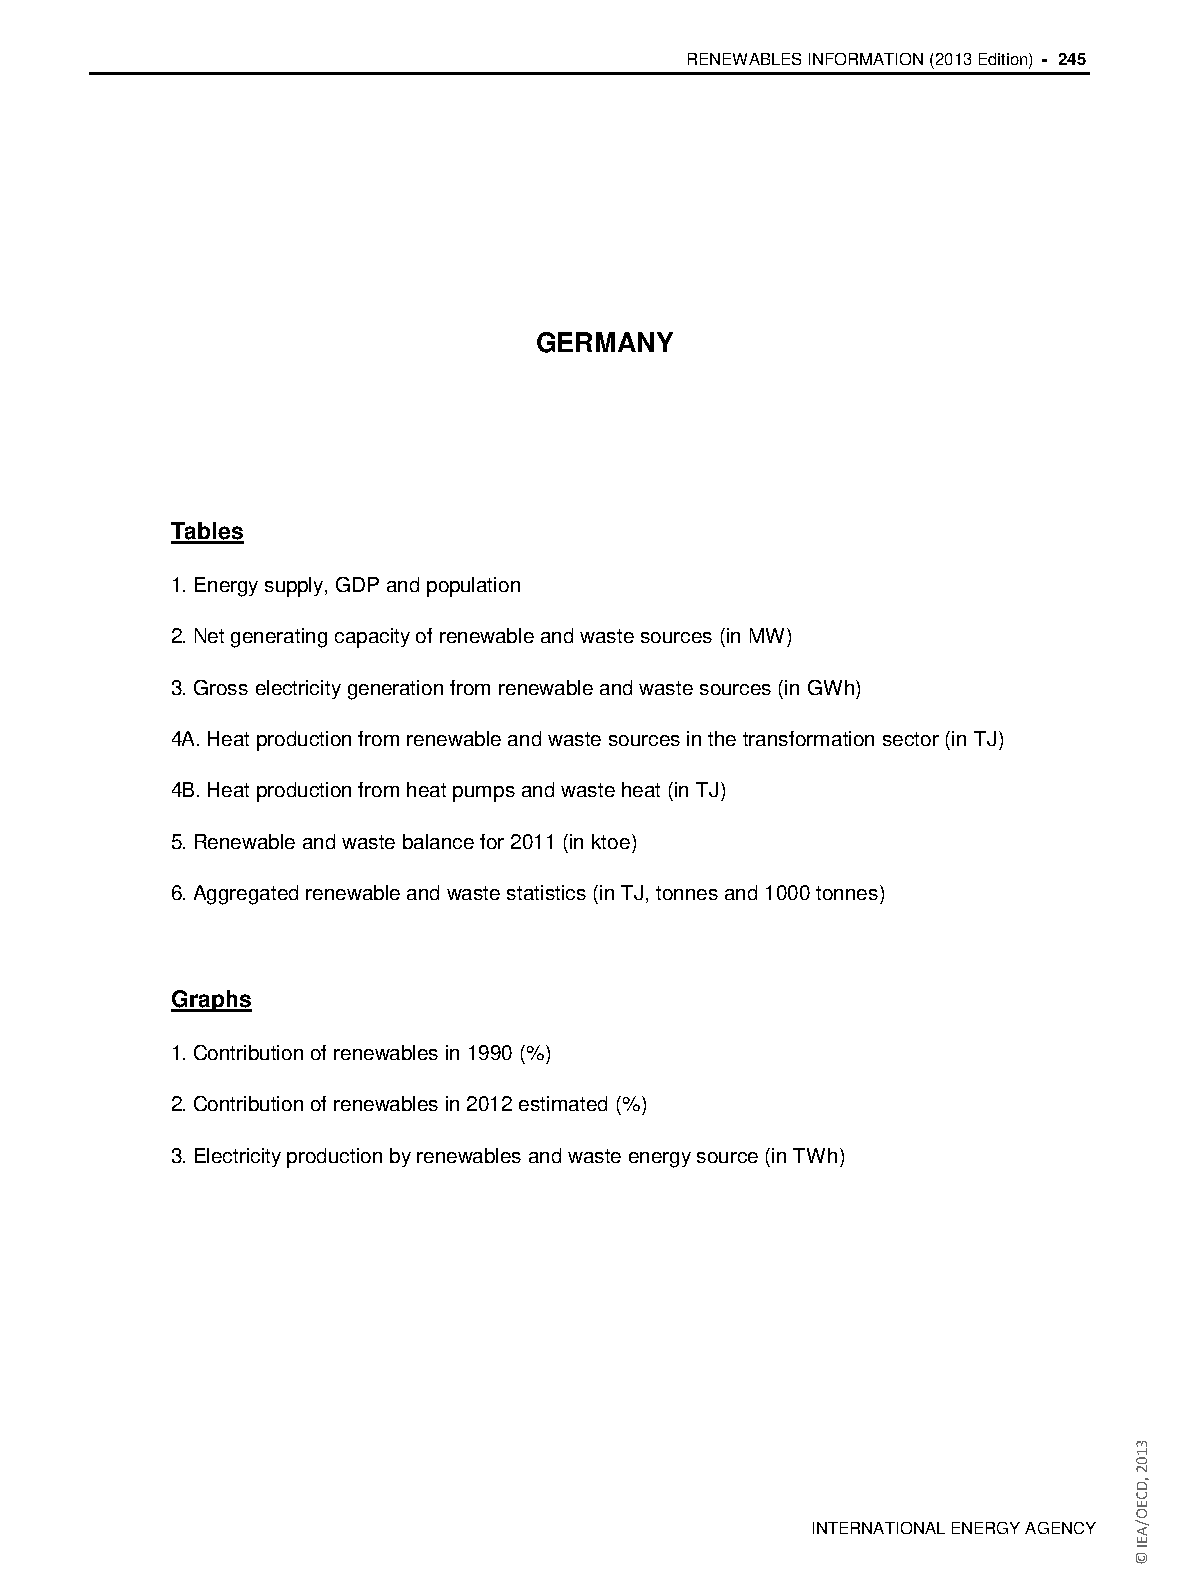
RENEWABLES INFORMATION (2013 Edition) - 245
 GERMANY
 Tables
 1. Energy supply, GDP and population
 2. Net generating capacity of renewable and waste sources (in MW)
 3. Gross electricity generation from renewable and waste sources (in GWh)
 4A. Heat production from renewable and waste sources in the transformation sector (in TJ)
 4B. Heat production from heat pumps and waste heat (in TJ)
 5. Renewable and waste balance for 2011 (in ktoe)
 6. Aggregated renewable and waste statistics (in TJ, tonnes and 1000 tonnes)
 Graphs
 1. Contribution of renewables in 1990 (%)
 2. Contribution of renewables in 2012 estimated (%)
 3. Electricity production by renewables and waste energy source (in TWh)
 INTERNATIONAL ENERGY AGENCY
 3102
 ,DCEO/AEI
 ©